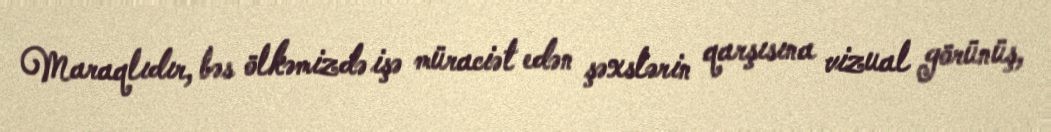
Maraqlıdır, bəs ölkəmizdə işə müraciət edən şəxslərin qarşısına vizual görünüş,